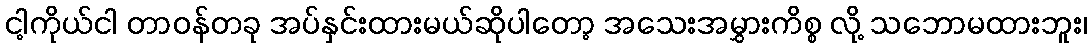
ငါ့ကိုယ်ငါ တာဝန်တခု အပ်နှင်းထားမယ်ဆိုပါတော့ အသေးအမွှားကိစ္စ လို့ သဘောမထားဘူး၊